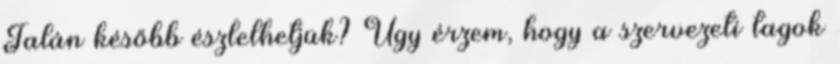
Talán később észlelhetjük? Úgy érzem, hogy a szervezeti tagok